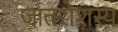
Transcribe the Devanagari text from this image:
जातरोशस्य